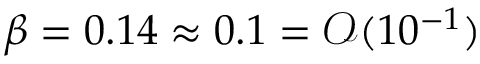
\beta = 0 . 1 4 \approx 0 . 1 = \mathcal { O } ( 1 0 ^ { - 1 } )